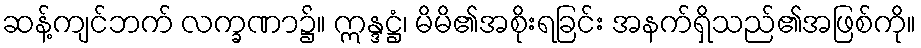
ဆန့်ကျင်ဘက် လက္ခဏာ၌။ ဣန္ဒဋ္ဌံ၊ မိမိ၏အစိုးရခြင်း အနက်ရှိသည်၏အဖြစ်ကို။